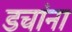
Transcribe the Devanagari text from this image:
डचांना